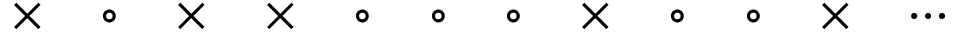
\times \quad \circ \quad \times \quad \times \quad \circ \quad \circ \quad \circ \quad \times \quad \circ \quad \circ \quad \times \quad \cdots